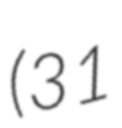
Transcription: (31